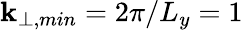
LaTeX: \mathbf{k}_{\perp,min}=2\pi/L_{y}=1